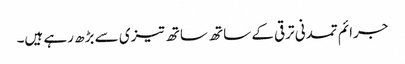
جرائم تمدنی ترقی کے ساتھ ساتھ تیزی سے بڑھ رہے ہیں۔